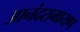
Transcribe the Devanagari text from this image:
आनंदरामायण